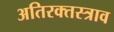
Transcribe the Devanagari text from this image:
अतिरक्तस्त्राव